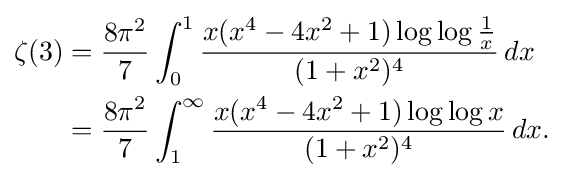
{\begin{aligned}\zeta (3)&={\frac {8\pi ^{2}}{7}}\int _{0}^{1}{\frac {x(x^{4}-4x^{2}+1)\log \log {\frac {1}{x}}}{(1+x^{2})^{4}}}\,dx\\&={\frac {8\pi ^{2}}{7}}\int _{1}^{\infty }{\frac {x(x^{4}-4x^{2}+1)\log \log {x}}{(1+x^{2})^{4}}}\,dx.\end{aligned}}